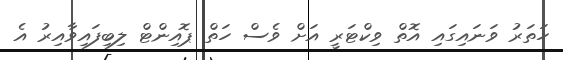
ހަތަރު ވަނައިގައި އޮތް ވިކްޓަރީ އަށް ވެސް ހަތް ޕޮއިންޓް ލިބިފައިވާއިރު އެ